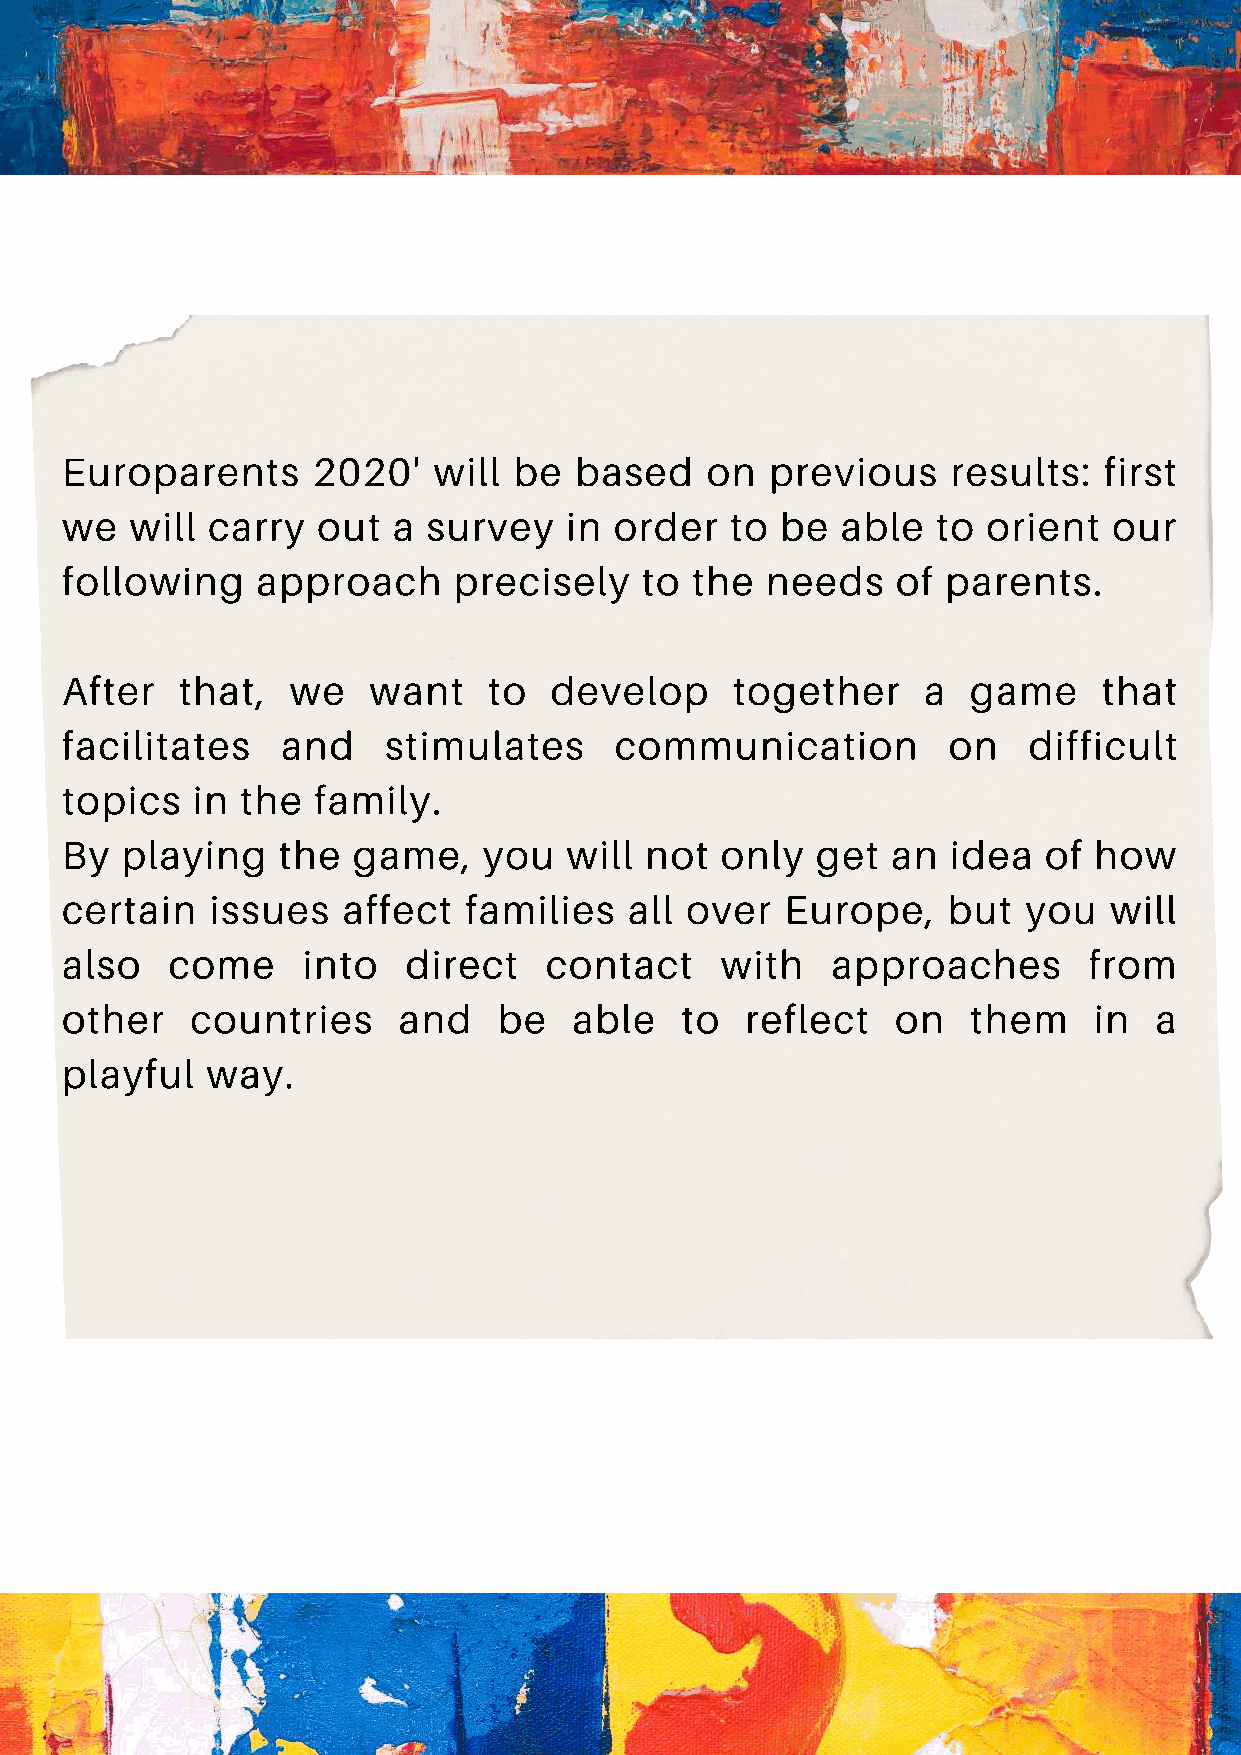
Europarents      2020'   will be  based    on  previous    results:  first
 we   will carry  out  a survey   in  order  to  be  able  to orient   our
 following    approach     precisely   to  the  needs   of  parents.
 After   that,  we   want    to  develop      together    a  game     that
 facilitates    and   stimulates      communication         on   difficult
 topics   in the  family.
 By  playing   the  game,    you   will not  only  get  an  idea  of how
 certain   issues   affect  families   all over  Europe,    but  you  will
 also   come     into   direct   contact     with   approaches       from
 other    countries    and    be   able   to  reflect   on   them    in  a
 playful   way.